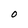
Character: 0